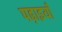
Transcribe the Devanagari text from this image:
पढ़ाइयाँ